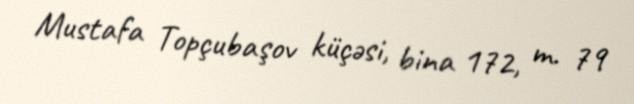
Mustafa Topçubaşov küçəsi, bina 172, m. 79